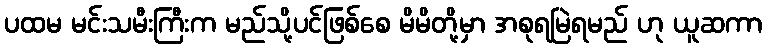
ပထမ မင်းသမီးကြီးက မည်သို့ပင်ဖြစ်စေ မိမိတို့မှာ အစုရမြဲရမည် ဟု ယူဆကာ